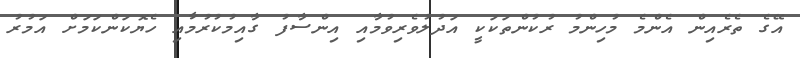
އޭގެ ތެރެއިން އެންމެ މުހިންމު ރުކުންތަކަކީ އަދުލުވެރިވުމާއި އިންސާފު ގާއިމުކުރުމާއި ހެޔޮކަންކަމަށް އަމުރު